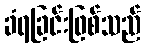
ခံရခြင်းဖြစ်သည်